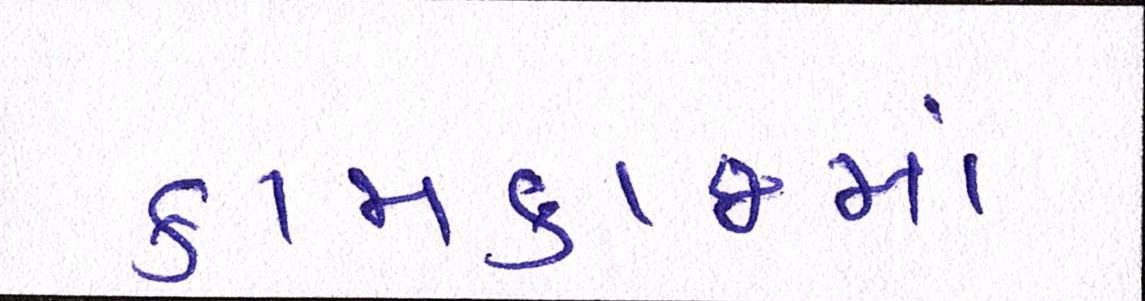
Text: કામકાજમાં